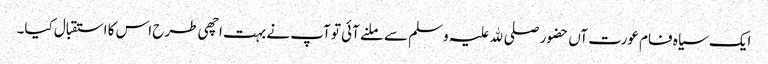
ایک سیاہ فام عورت آں حضور صلی ﷲ علیہ وسلم سے ملنے آئی تو آپ نے بہت اچھی طرح اس کا استقبال کیا۔